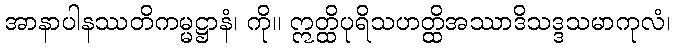
အာနာပါနဿတိကမ္မဋ္ဌာနံ၊ ကို။ ဣတ္ထိပုရိသဟတ္ထိအဿာဒိသဒ္ဒသမာကုလံ၊